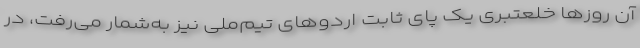
آن روزها خلعتبری یک پای ثابت اردوهای تیم‌ملی نیز به‌شمار می‌رفت، در